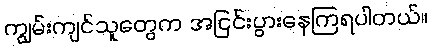
ကျွမ်းကျင်သူတွေက အငြင်းပွားနေကြရပါတယ်။